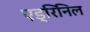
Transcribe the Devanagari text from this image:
एड्रिनिल